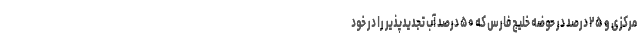
مرکزی و ۲۵ درصد در حوضه خلیج فارس که ۵۰ درصد آب تجدیدپذیر را در خود